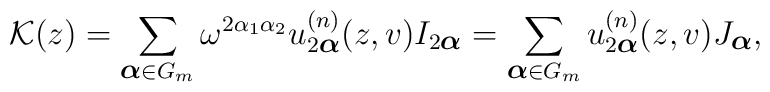
{\cal K}(z)=\sum_{\mbox{\footnotesize\boldmath $\alpha $}\in G_m} \omega^{2\alpha_1 \alpha_2} u^{(n)}_{2\mbox{\footnotesize\boldmath $\alpha $}}(z,v) I_{2\mbox{\footnotesize\boldmath $\alpha $}}=\sum_{\mbox{\footnotesize\boldmath $\alpha $}\in G_m} u^{(n)}_{2\mbox{\footnotesize\boldmath $\alpha $}}(z,v) J_{\mbox{\footnotesize\boldmath $\alpha $}},